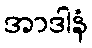
အာဒါနံ